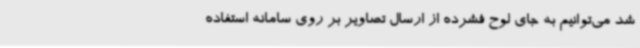
شد می‌توانیم به جای لوح فشرده از ارسال تصاویر بر روی سامانه استفاده